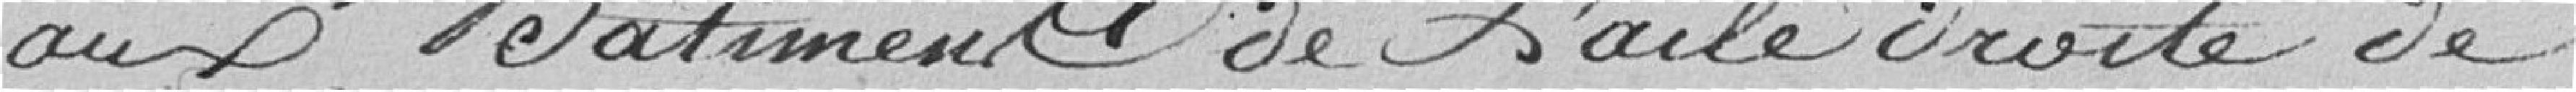
aux bâtiment de l'aile droite de